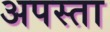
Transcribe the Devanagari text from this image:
अपस्ता